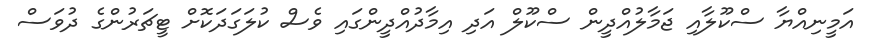
އަމީނިއްޔާ ސްކޫލާއި ޖަމާލުއްދީން ސްކޫލް އަދި އިމާދުއްދީންގައި ވެސް ކުލަގަދަކޮށް ޓީޗަރުންގެ ދުވަސް